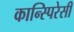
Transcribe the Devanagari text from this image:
कान्स्पिरेसी